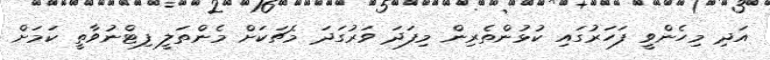
އަދި މިހެންވީ ފަހަރުގައި ކުޅުންތެރިން މިފަދަ ވަރުގަދަ މެޗަކަށް މެންތަލީ ފިޓްނުވާތީ ކަމަށް